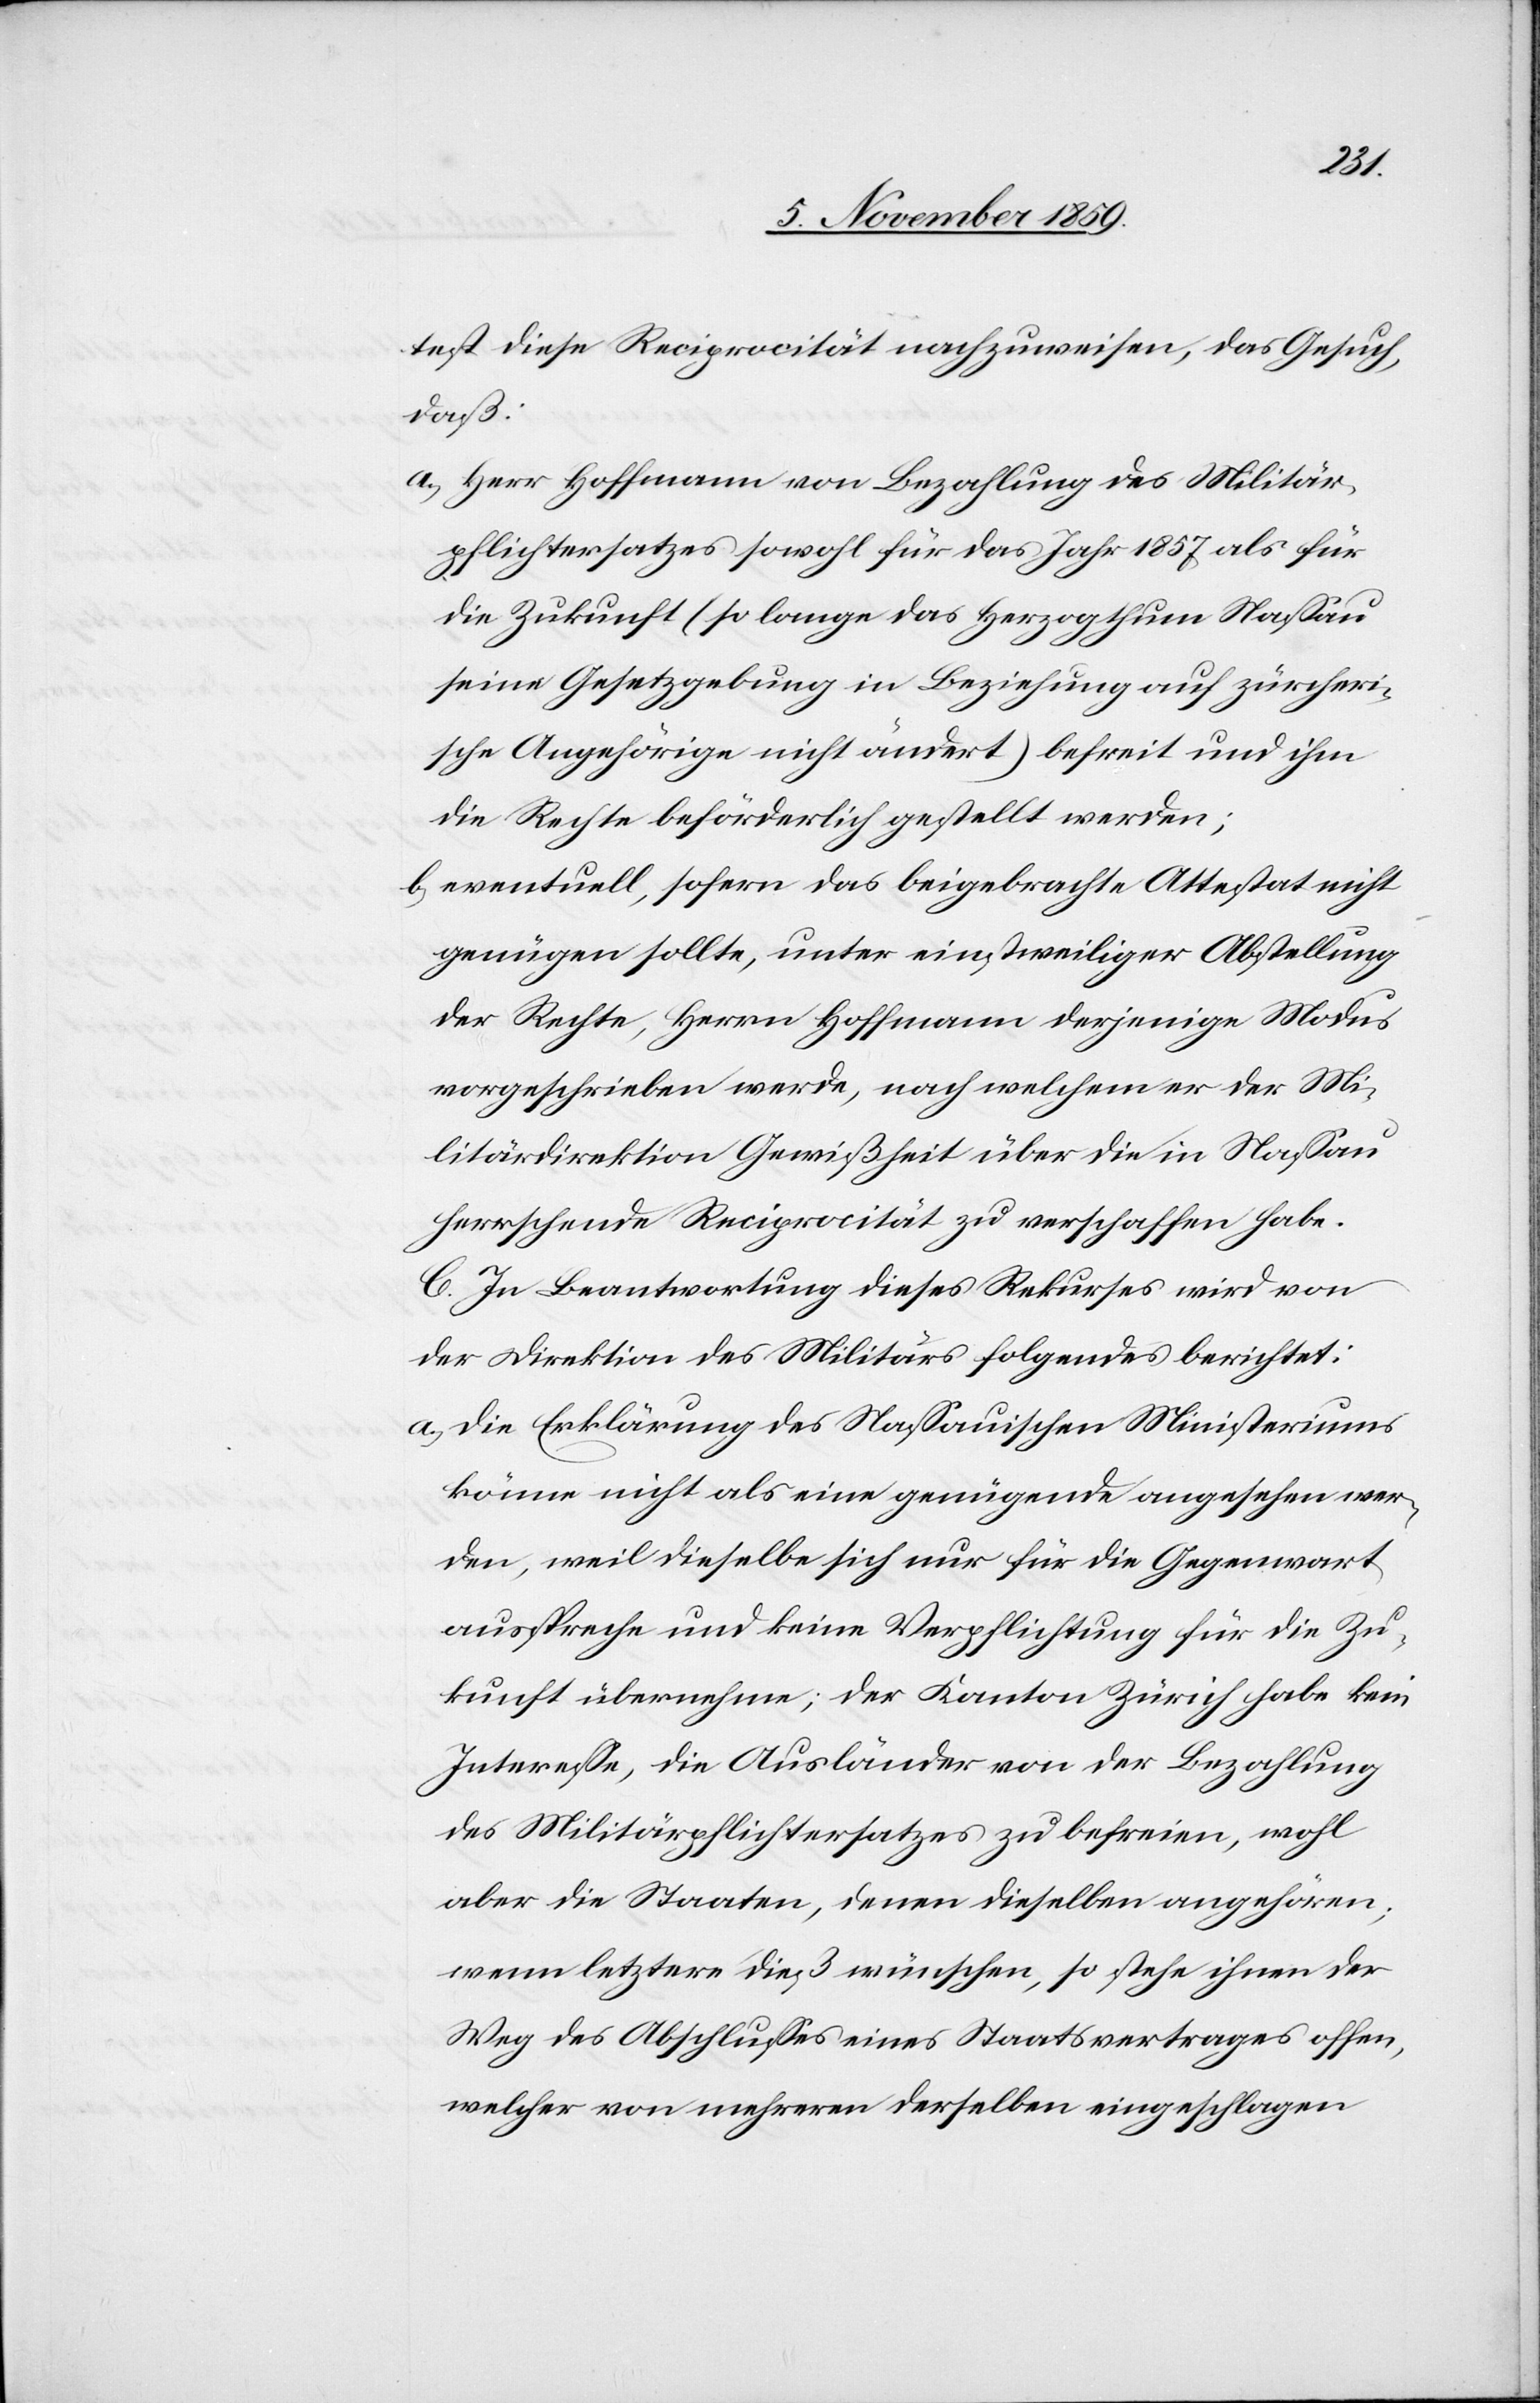
test diese Reciprocität nachzuweisen, das Gesuch,
daß:
a.) Herr Hoffmann von Bezahlung des Militär¬
pflichtersatzes sowohl für das Jahr 1857 als für
die Zukunft (so lange das Herzogthum Nassau
seine Gesetzgebung in Beziehung auf zürcheri¬
sche Angehörige nicht ändert) befreit und ihm
die Rechte beförderlich gestellt werden;
b.) eventuell, sofern das beigebrachte Attestat nicht
genügen sollte, unter einstweiliger Abstellung
der Rechte, Herrn Hoffmann derjenige Modus
vorgeschrieben werde, nach welchem er der Mi¬
litärdirektion Gewißheit über die in Nassau
herrschende Reciprocität zu verschaffen habe.
C. In Beantwortung dieses Rekurses wird von
der Direktion des Militärs folgendes berichtet:
a.) die Erklärung des Nassauischen Ministeriums
könne nicht als eine genügende angesehen wer¬
den, weil dieselbe sich nur für die Gegenwart
ausspreche und keine Verpflichtung für die Zu¬
kunft übernehme; der Kanton Zürich habe kein
Interesse, die Ausländer von der Bezahlung
des Militärpflichtersatzes zu befreien, wohl
aber die Staaten denen dieselben angehören;
wenn letztere dieß wünschen, so stehe ihnen der
Weg des Abschlusses eines Staatsvertrages offen,
welcher von mehreren derselben eingeschlagen